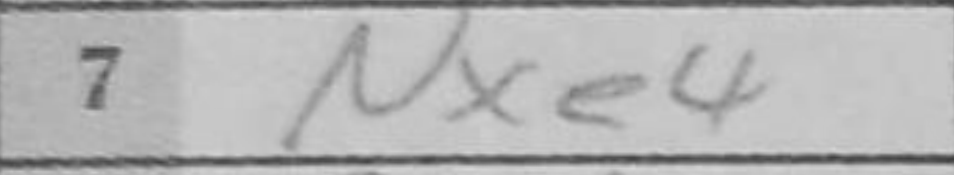
Transcription: Nxe4